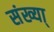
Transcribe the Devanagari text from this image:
संख्या्